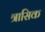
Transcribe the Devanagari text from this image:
त्रासिक